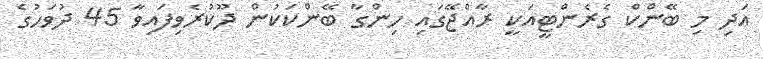
އަދި މި ބޭންކް ގެރެންޓީއަކީ ރާއްޖޭގައި ހިންގާ ބޭންކަކުން ދޫކުރެވިފައިވާ 45 ދުވަހުގެ